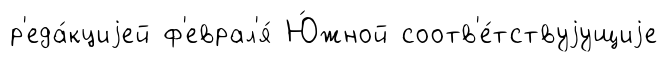
р'еда́кциjей ф'еврал'я́ Ю́жной соотв'е́тствуjущиjе